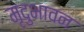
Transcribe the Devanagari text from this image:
मृदुभावन